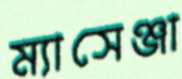
ম্যাসেঞ্জা